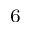
^ 6